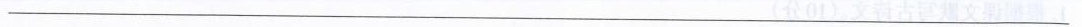
___